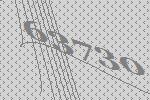
63730